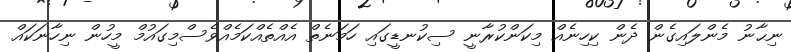
ނިޙާނު މެންލައިގެން ދެން ކިހިނެއް މިކަންކުރާނީ ސިކުނޑީގައި ހަމަނެތް އެއްތެއްކަމެއްވެސްމިގައުމް މީހުން ނިހާނަކައް